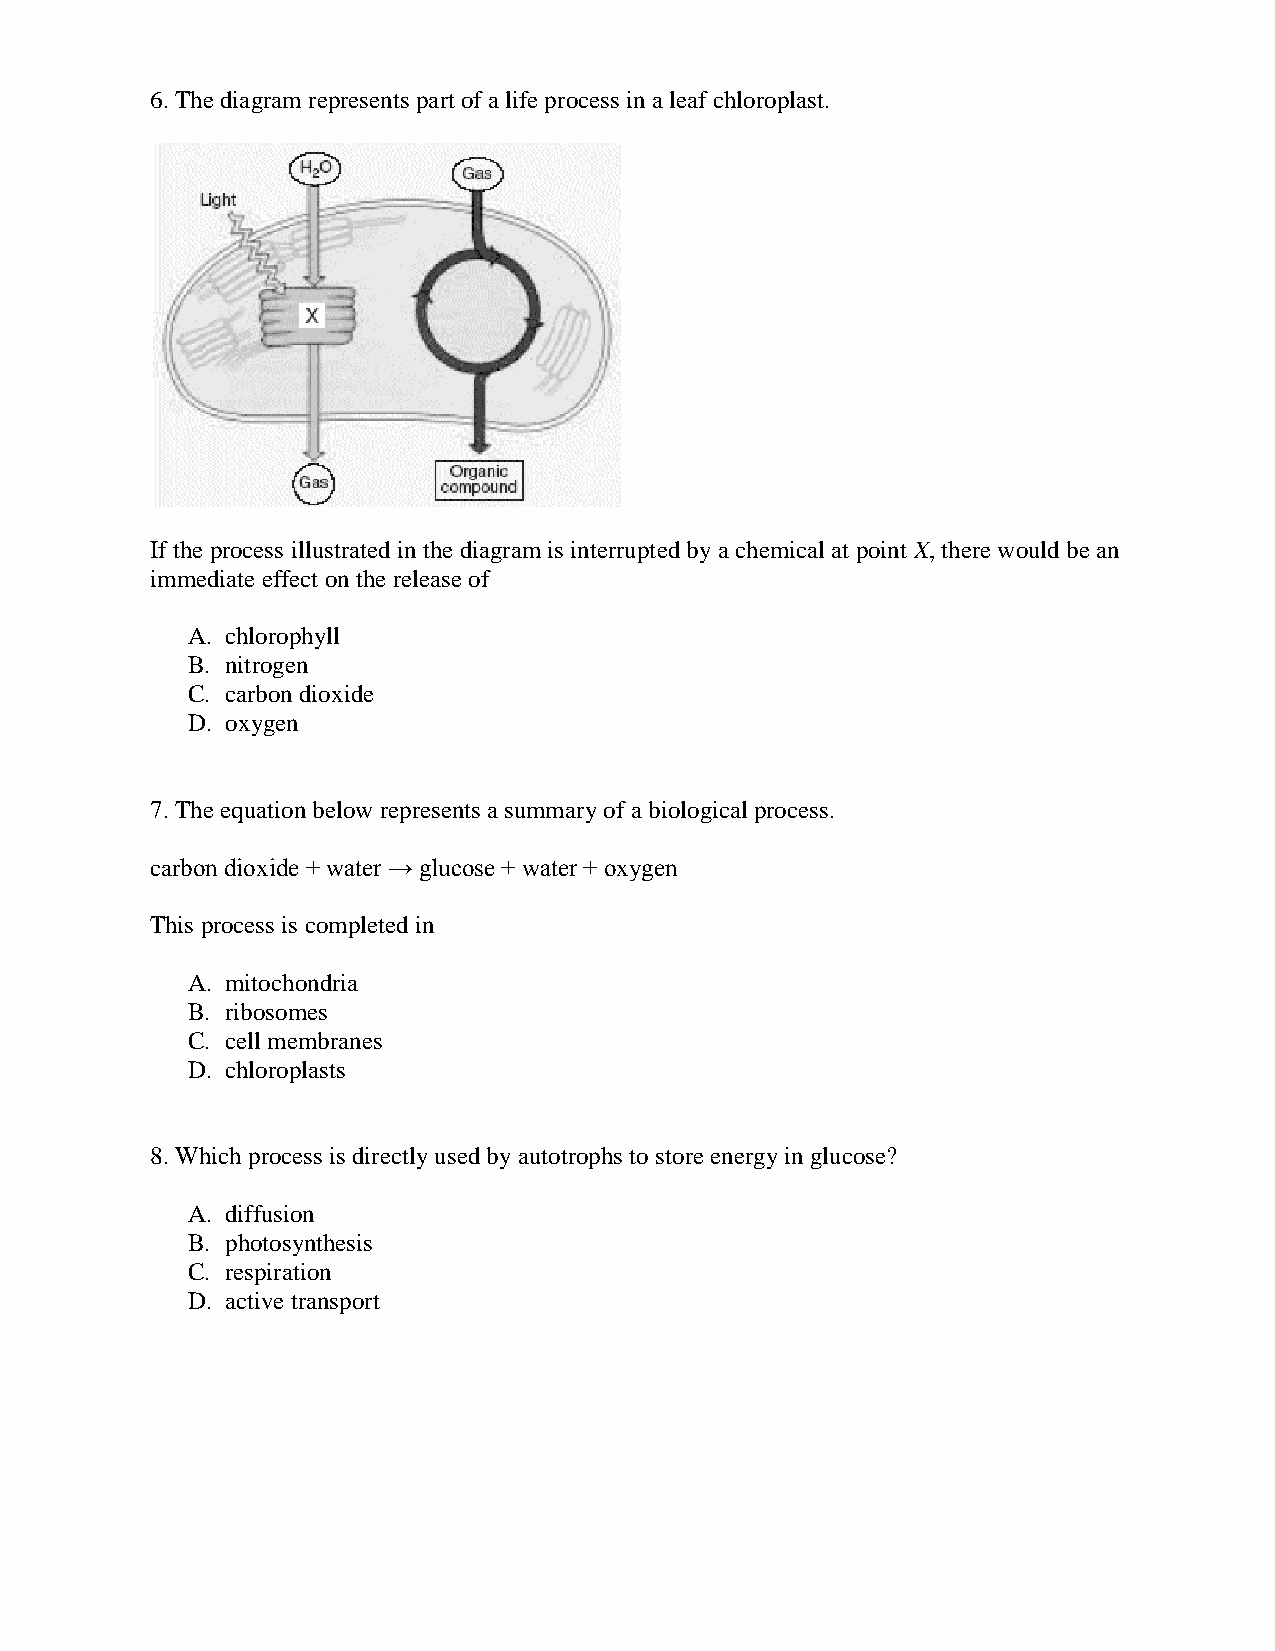
6. The diagram represents part of a life process in a leaf chloroplast.
 If the process illustrated in the diagram is interrupted by a chemical at point X, there would be an
 immediate effect on the release of
 A. chlorophyll
 B. nitrogen
 C. carbon dioxide
 D. oxygen
 7. The equation below represents a summary of a biological process.
 carbon dioxide + water → glucose + water + oxygen
 This process is completed in
 A. mitochondria
 B. ribosomes
 C. cell membranes
 D. chloroplasts
 8. Which process is directly used by autotrophs to store energy in glucose?
 A. diffusion
 B. photosynthesis
 C. respiration
 D. active transport